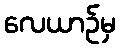
လေယာဉ်မှ